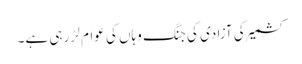
کشمیر کی آزادی کی جنگ وہاں کی عوام لڑ رہی ہے۔